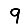
Digit: 9